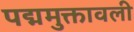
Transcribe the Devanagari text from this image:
पद्ममुक्तावली